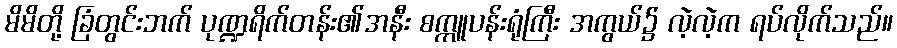
မိမိတို့ ခြံတွင်းဘက် ပုဏ္ဍရိက်တန်း၏အနီး စက္ကူပန်းရုံကြီး အကွယ်၌ လဲ့လဲ့က ရပ်လိုက်သည်။